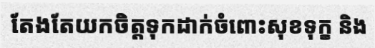
តែងតែយកចិត្តទុកដាក់ចំពោះសុខទុក្ខ និង